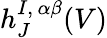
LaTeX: h_{J}^{I,\, \alpha\beta}(V)